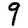
Digit: 9